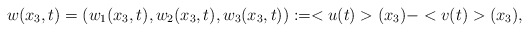
\begin{align*}w(x_3,t)=(w_1(x_3,t),w_2(x_3,t),w_3(x_3,t)):=<u(t)>(x_3)-<v(t)>(x_3),\end{align*}